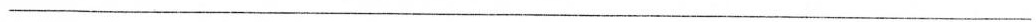
___